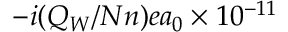
- i ( Q _ { W } / N n ) e a _ { 0 } \times 1 0 ^ { - 1 1 }